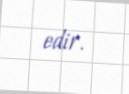
edir.